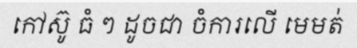
កៅស៊ូ ធំ ៗ ដូចជា ចំការលើ មេមត់